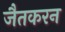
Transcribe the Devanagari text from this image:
जैतकरन